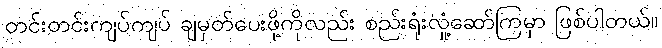
တင်းတင်းကျပ်ကျပ် ချမှတ်ပေးဖို့ကိုလည်း စည်းရုံးလှုံ့ဆော်ကြမှာ ဖြစ်ပါတယ်။